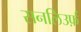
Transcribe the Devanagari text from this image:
सनलिउर्फ़